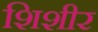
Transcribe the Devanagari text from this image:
शिशीर